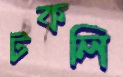
টকলি